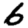
Digit: 6